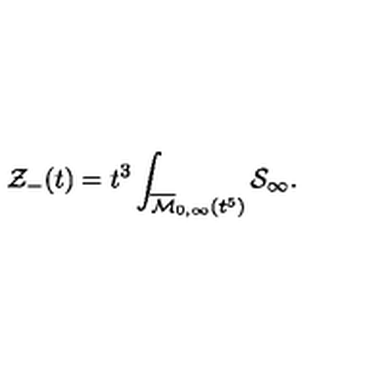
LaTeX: { \cal Z } _ { - } ( t ) = t ^ { 3 } \int _ { \overline { { { \cal M } } } _ { 0 , \infty } ( t ^ { 5 } ) } { \cal S } _ { \infty } .